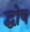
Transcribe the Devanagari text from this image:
द्घोष